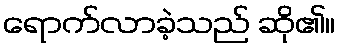
ရောက်လာခဲ့သည် ဆို၏။